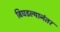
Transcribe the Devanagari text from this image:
बिघडल्यानंतर